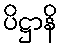
ပိဋ္ဌာနိ